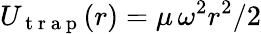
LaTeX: U_{\mathrm{~t~r~a~p~}}(r)=\mu\, \omega^{2}r^{2}/2